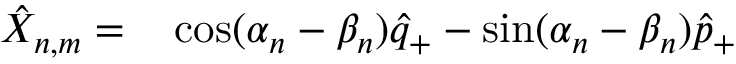
\begin{array} { r l } { \hat { X } _ { n , m } = } & { { } \cos ( \alpha _ { n } - \beta _ { n } ) \hat { q } _ { + } - \sin ( \alpha _ { n } - \beta _ { n } ) \hat { p } _ { + } } \end{array}